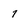
Character: 7